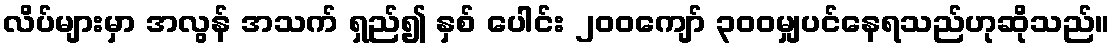
လိပ်များမှာ အလွန် အသက် ရှည်၍ နှစ် ပေါင်း ၂၀၀ကျော် ၃၀၀မျှပင်နေရသည်ဟုဆိုသည်။